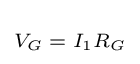
\scriptstyle V_{G}\;=\;I_{1}R_{G}